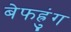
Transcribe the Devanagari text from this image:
बेफह्रुंग